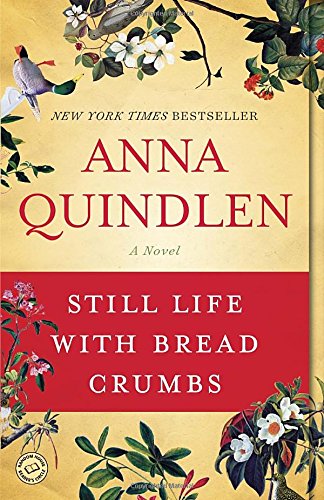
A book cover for Still Life with Bread Crumbs: A Novel; Anna Quindlen; Literature & Fiction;